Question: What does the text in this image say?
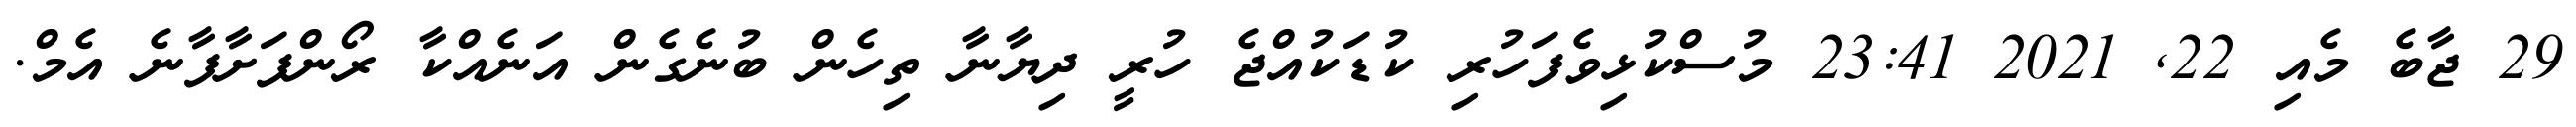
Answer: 29 ޖާބެ މެއި 22, 2021 23:41 މުސްކުޅިވެފަހުރި ކުޑަކުއްޖެ ހުރީ ދިޔާނާ ތިހެން ބުނެގެން އަނެއްކާ ރޯންފަށާފާނެ އެމް.